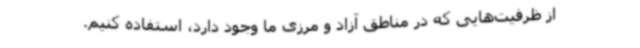
از ظرفیت‌هایی که در مناطق آزاد و مرزی ما وجود دارد، استفاده کنیم.